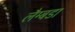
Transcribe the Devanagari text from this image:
लैम्बडा